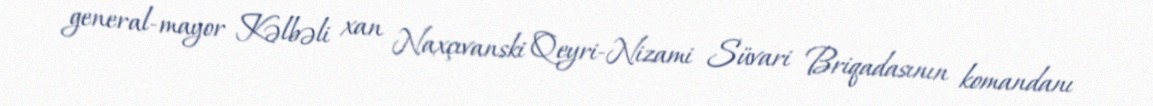
general-mayor Kəlbəli xan Naxçıvanski Qeyri-Nizami Süvari Briqadasının komandanı